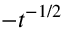
- t ^ { - 1 / 2 }